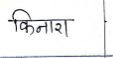
मजकूर: किनारा